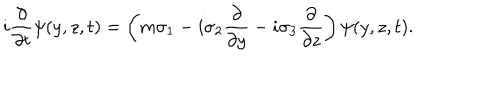
i \frac { \partial } { \partial t } \psi ( y , z , t ) = \left( m \sigma _ { 1 } - i \sigma _ { 2 } \frac { \partial } { \partial y } - i \sigma _ { 3 } \frac { \partial } { \partial z } \right) \psi ( y , z , t ) .